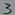
Text: 3